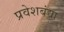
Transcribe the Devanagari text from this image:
प्रवेशबंद्या